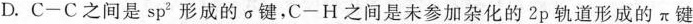
D.C-C之间是sp^{2}形成的\sigma 键，C-H之间是未参加杂化的2p轨道形成的\pi键